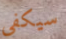
سيكفي